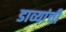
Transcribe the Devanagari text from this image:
डाव्यांची